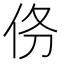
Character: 𬽺